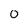
Character: 0